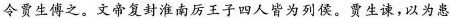
蔽今冒生傅之，文帝复封淮南厉王秀四人皆为列侯，贾